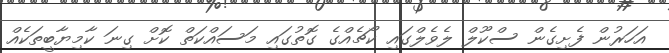
އަހަރުން ފެށިގެން ސްކޫލް ލެވެލްގައި ކޯޗެއްގެ ގޮތުގައި މަސައްކަތް ކޮށް ގިނަ ކާމިޔާބީތަކެއް